Medical and sanitary report of the native army of Madras for the year
Year: 1878
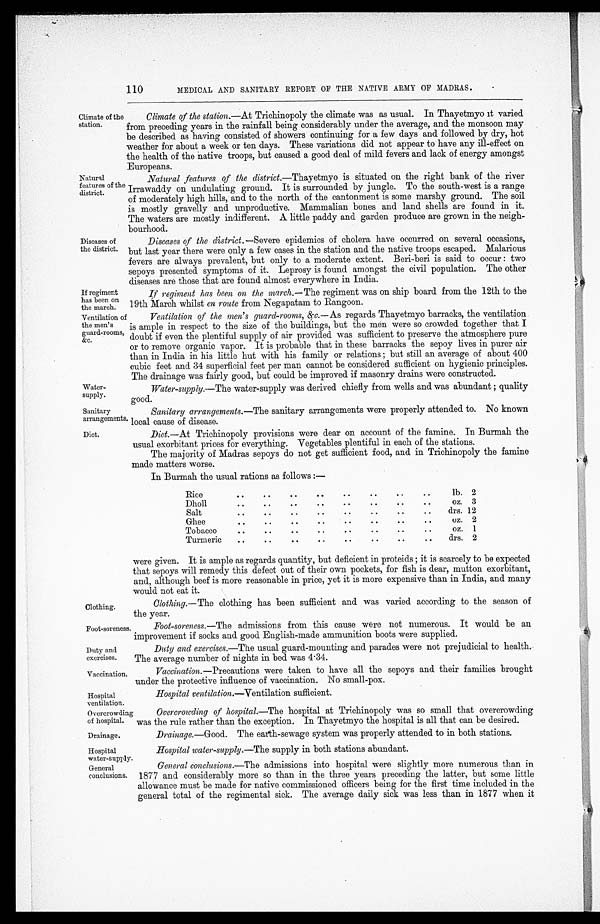
Water-
supply.
Sanitary
arrangements.
Diet.
Duty and
exercises.
Vaccination.
Hospital
ventilation.
Overcrowding
of hospital.
Drainage.
Hospital
water-supply.
General
conclusions.
110
MEDICAL AND SANITARY REPORT OF THE NATIVE ARMY OF MADRAS.
Climate of the
station.
Natural
features of the
district.
Climate of the station.—At Trichinopoly the climate was as usual. In Thayetmyo it varied
from preceding years in the rainfall being considerably under the average, and the monsoon may
be described as having consisted of showers continuing for a few days and followed by dry, hot
weather for about a week or ten days. These variations did not appear to have any ill-effect on
the health of the native troops, but caused a good deal of mild fevers and lack of energy amongst
Europeans.
Natural features of the district.— Thayetmyo is situated on the right bank of the river
Irrawaddy on undulating ground. It is surrounded by jungle. To the south-west is a range
of moderately high hills, and to the north of the cantonment is some marshy ground. The soil
is mostly gravelly and unproductive. Mammalian bones and land shells are found in it.
The waters are mostly indifferent. A little paddy and garden produce are grown in the neigh-
bourhood.
Diseases of
the district.
If regiment
has been on
the march.
Diseases of the district.— Severe epidemics of cholera have occurred on several occasions,
but last year there were only a few cases in the station and the native troops escaped. Malarious
fevers are always prevalent, but only to a moderate extent. Beri-beri is said to occur : two
sepoys presented symptoms of it. Leprosy is found amongst the civil population. The other
diseases are those that are found almost everywhere in India.
If regiment has been on the march.— The regiment was on ship board from the 12th to the
19th March whilst en route from Negapatam to Rangoon.
Ventilation of
the men's
guard-rooms,
&c.
Clothing.
Foot-soreness.
Ventilation of the men's guard-rooms, &c.— As regards Thayetmyo barracks, the ventilation.
is ample in respect to the size of the buildings, but the men were so crowded together that I
doubt if even the plentiful supply of air provided was sufficient to preserve the atmosphere pure
or to remove organic vapor. It is probable that in these barracks the sepoy lives in purer air
than in India in his little hut with his family or relations ; but still an average of about 400
cubic feet and 34 superficial feet per man cannot be considered sufficient on hygienic principles.
The drainage was fairly good, but could be improved if masonry drains were constructed.
Water-supply.--The water-supply was derived chiefly from wells and was abundant ; quality
good.
Sanitary arrangements.— The sanitary arrangements were properly attended to. No known
local cause of disease.
Diet.—At Trichinopoly provisions were dear on account of the famine. In Burmah the
usual exorbitant prices for everything. Vegetables plentiful in each of the stations.
The majority of Madras sepoys do not get sufficient food, and in Trichinopoly the famine
made matters worse.
In Burmah the usual rations as follows :—
Rice
.... .. .. .. .. .. ..
1b. 2
Dholl
.. .. .. .. .. .. .. ..
oz. 3
Salt
..
..
..
..
..
..
..
..
drs. 12
Ghee
.. .. .. .. .. .. .. ..
oz. 2
Tobacco
..
..
..
..
.. .. .. ..
oz. 1
Turmeric
.. .. .. .. .. .. .. ..
drs. 2
were given. It is ample as regards quantity, but deficient in proteids ; it is scarcely to be expected
that sepoys will remedy this defect out of their own pockets, for fish is dear, mutton exorbitant,
and, although beef is more reasonable in price, yet it is more expensive than in India, and many
would not eat it.
Clothing.— The clothing has been sufficient and was varied according to the season of
the year.
Foot-soreness.—The admissions from this cause were not numerous. It would be an
improvement if socks and good English-made ammunition boots were supplied.
Duty and exercises.— The usual guard-mounting and parades were not prejudicial to health..
The average number of nights in bed was 4.34.
Vaccination.—Precautions were taken to have all the sepoys and their families brought
under the protective influence of vaccination. No small-pox.
Hospital ventilation .—Ventilation sufficient.
Overcrowding of hospital.—The hospital at Trichinopoly was so small that overcrowding
was the rule rather than the exception. In Thayetmyo the hospital is all that can be desired.
Drainage.— Good. The earth-sewage system was properly attended to in both stations.
Hospital water-supply.—The supply in both stations abundant.
General conclusions.—The admissions into hospital were slightly more numerous than in
1877 and considerably more so than in the three years preceding the latter, but some little
allowance must be made for native commissioned officers being for the first time included in the
general total of the regimental sick. The average daily sick was less than in 1877 when it